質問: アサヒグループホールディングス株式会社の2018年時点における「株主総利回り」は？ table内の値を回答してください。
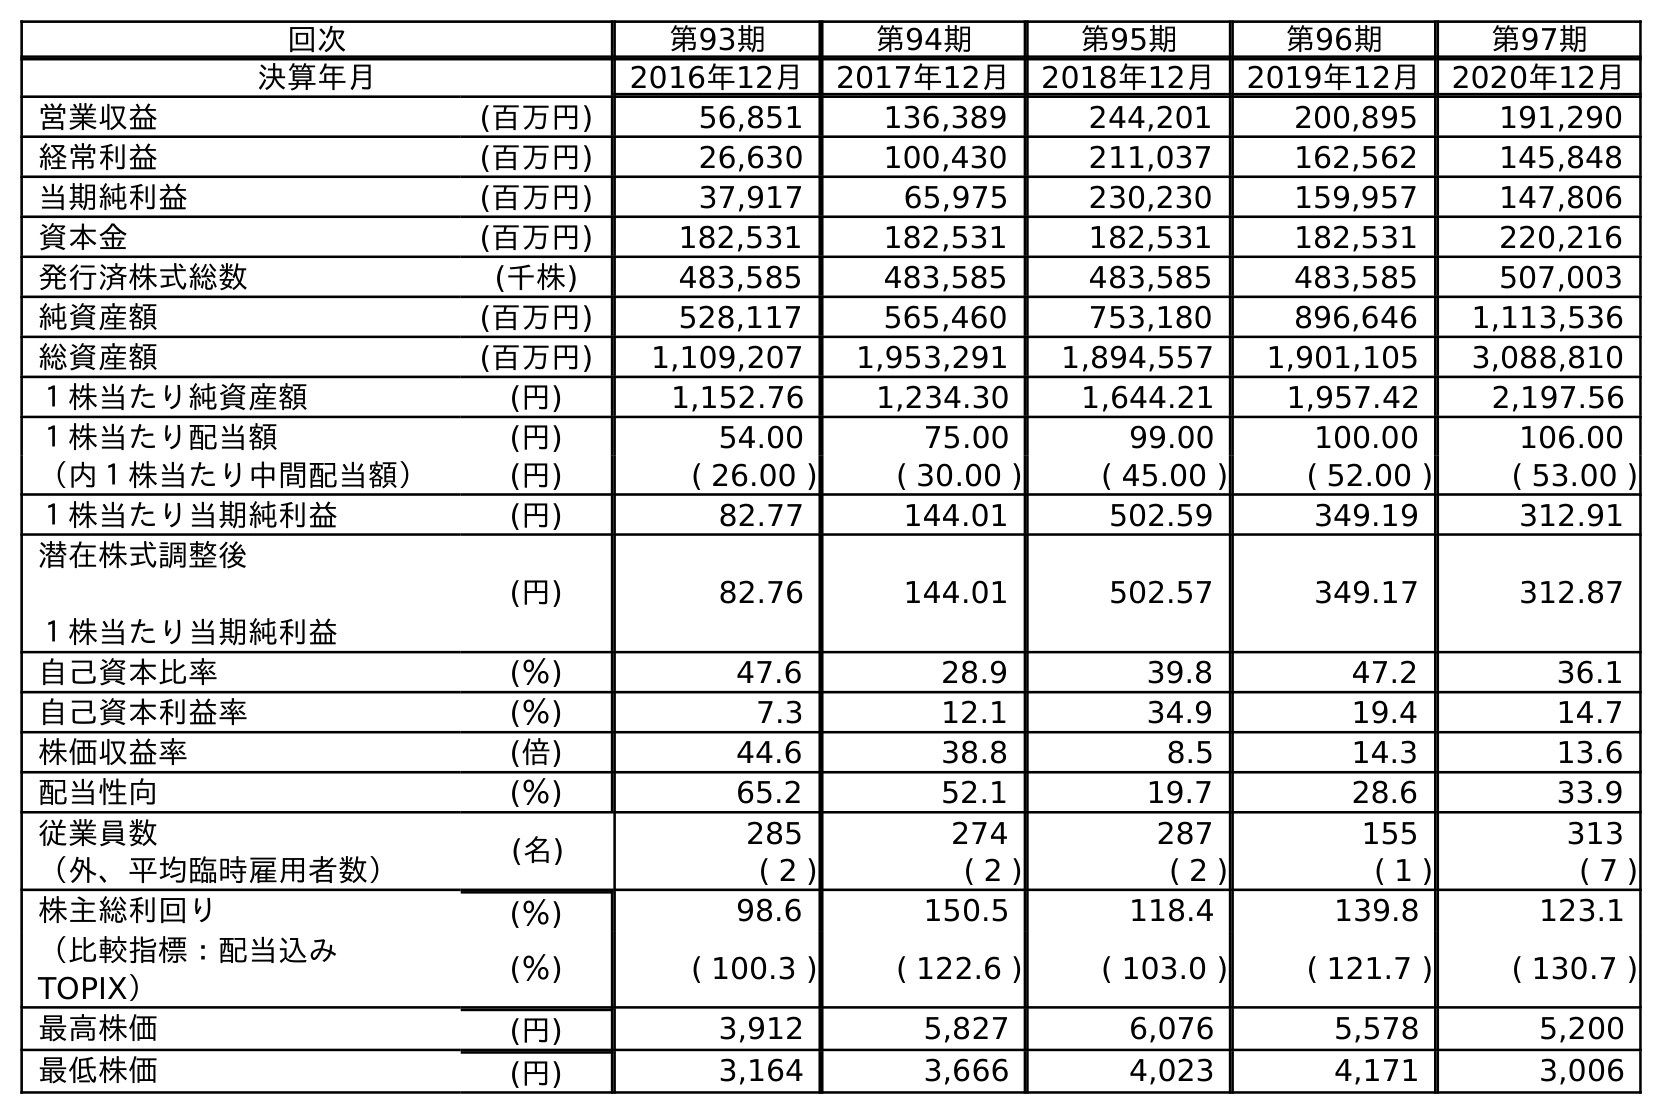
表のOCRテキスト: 回次 第93期 第94期 第95期 第96期 第97期 決算年月 2016年12月 2017年12月 2018年12月 2019年12月 2020年12月 営業収益 (百万円) 56,851 136,389 244,201 200,895 191,290 経常利益 (百万円) 26,630 100,430 211,037 162,562 145,848 当期純利益 (百万円) 37,917 65,975 230,230 159,957 147,806 資本金 (百万円) 182,531 182,531 182,531 182,531 220,216 発行済株式総数 (千株) 483,585 483,585 483,585 483,585 507,003 純資産額 (百万円) 528,117 565,460 753,180 896,646 1,113,536 総資産額 (百万円) 1,109,207 1,953,291 1,894,557 1,901,105 3,088,810 １株当たり純資産額 (円) 1,152.76 1,234.30 1,644.21 1,957.42 2,197.56 １株当たり配当額 (円) 54.00 75.00 99.00 100.00 106.00 （内１株当たり中間配当額） (円) ( 26.00 ) ( 30.00 ) ( 45.00 ) ( 52.00 ) ( 53.00 ) １株当たり当期純利益 (円) 82.77 144.01 502.59 349.19 312.91 潜在株式調整後 １株当たり当期純利益 (円) 82.76 144.01 502.57 349.17 312.87 自己資本比率 (％) 47.6 28.9 39.8 47.2 36.1 自己資本利益率 (％) 7.3 12.1 34.9 19.4 14.7 株価収益率 (倍) 44.6 38.8 8.5 14.3 13.6 配当性向 (％) 65.2 52.1 19.7 28.6 33.9 従業員数 (名) 285 274 287 155 313 （外、平均臨時雇用者数） ( 2 ) ( 2 ) ( 2 ) ( 1 ) ( 7 ) 株主総利回り (％) 98.6 150.5 118.4 139.8 123.1 （比較指標：配当込み TOPIX） (％) ( 100.3 ) ( 122.6 ) ( 103.0 ) ( 121.7 ) ( 130.7 ) 最高株価 (円) 3,912 5,827 6,076 5,578 5,200 最低株価 (円) 3,164 3,666 4,023 4,171 3,006
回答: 118.4